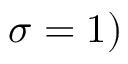
\sigma = 1 )